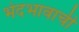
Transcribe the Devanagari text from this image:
भेदभावाची